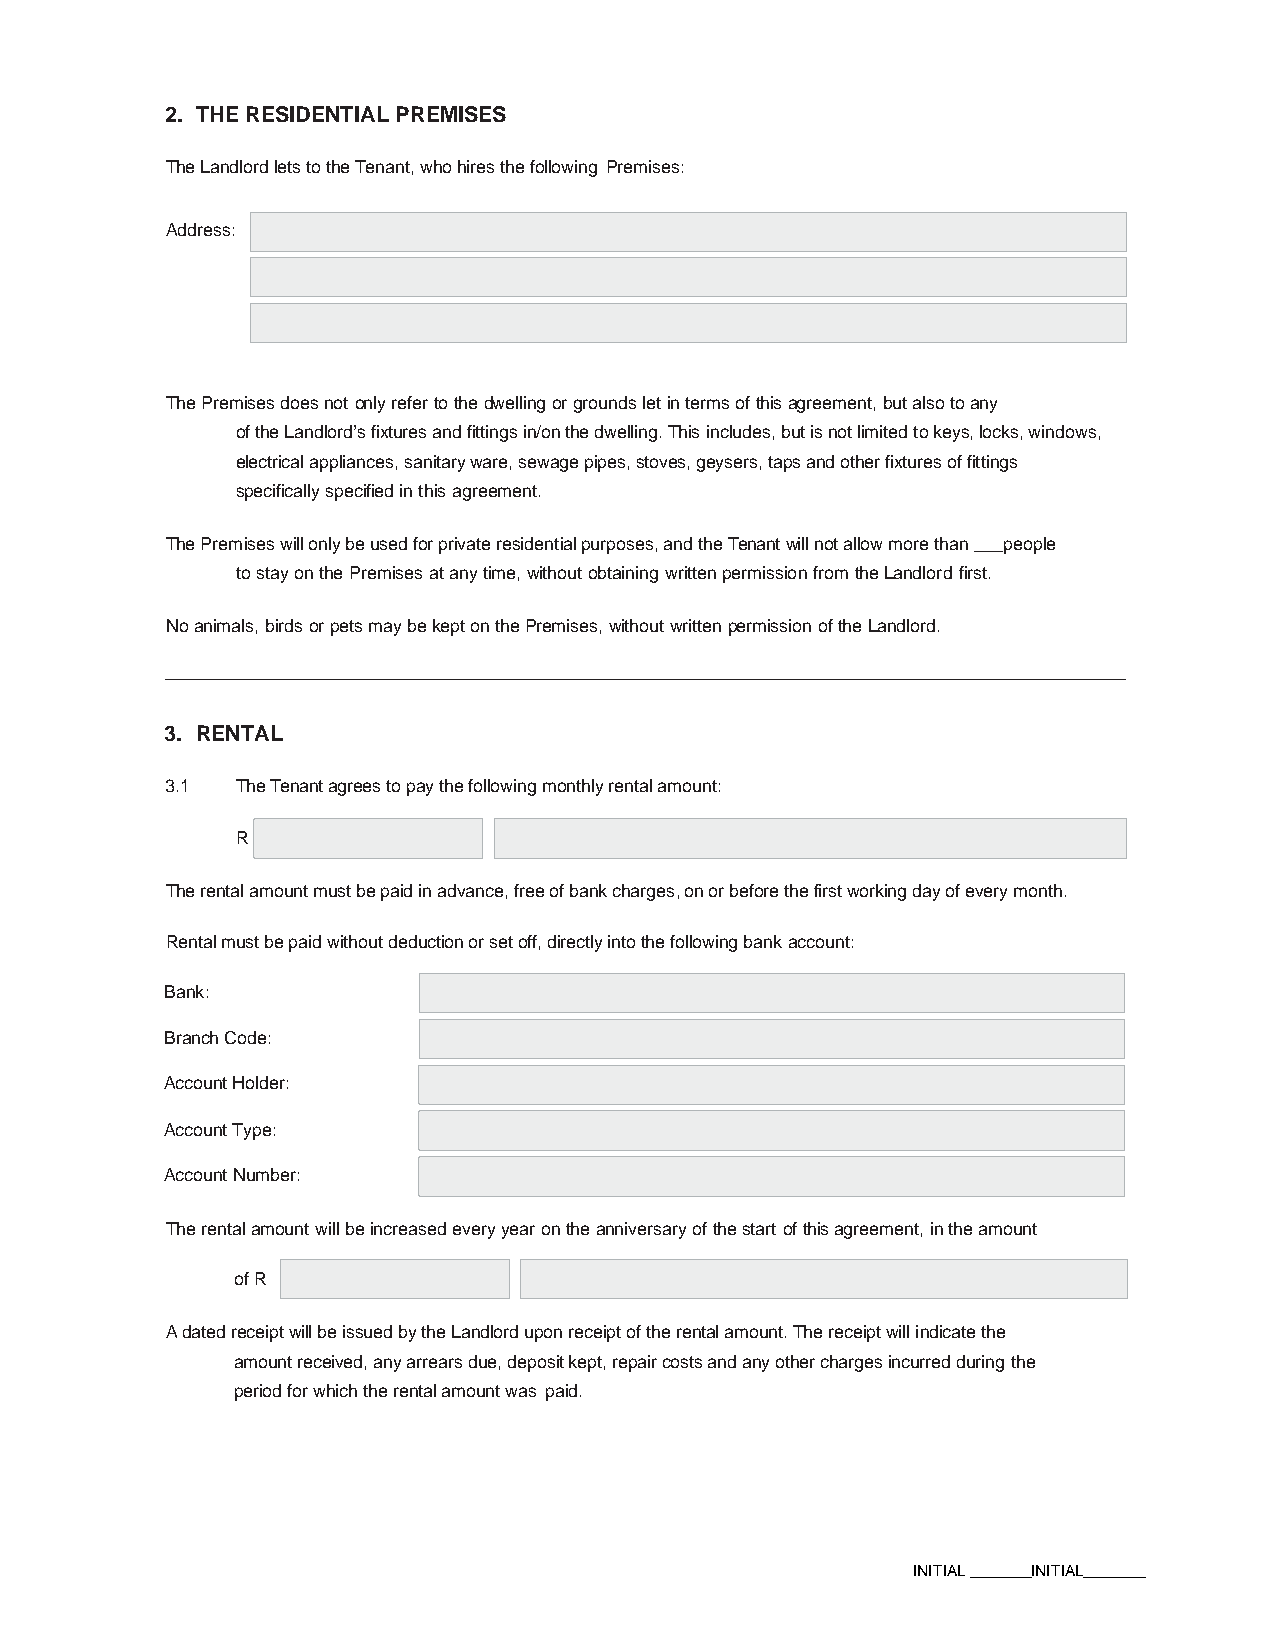
2. THE RESIDENTIAL PREMISES
 The Landlord lets to the Tenant, who hires the following Premises:
 Address:
 The Premises does not only refer to the dwelling or grounds let in terms of this agreement, but also to any
 of the Landlord’s fixtures and fittings in/on the dwelling. This includes, but is not limited to keys, locks, windows,
 electrical appliances, sanitary ware, sewage pipes, stoves, geysers, taps and other fixtures of fittings
 specifically specified in this agreement.
 The Premises will only be used for private residential purposes, and the Tenant will not allow more than ___people
 to stay on the Premises at any time, without obtaining written permission from the Landlord first.
 No animals, birds or pets may be kept on the Premises, without written permission of the Landlord.
 3. RENTAL
 3.1  The Tenant agrees to pay the following monthly rental amount:
 R
 The rental amount must be paid in advance, free of bank charges, on or before the first working day of every month.
 Rental must be paid without deduction or set off, directly into the following bank account:
 Bank:
 Branch Code:
 Account Holder:
 Account Type:
 Account Number:
 The rental amount will be increased every year on the anniversary of the start of this agreement, in the amount
 of R
 A dated receipt will be issued by the Landlord upon receipt of the rental amount. The receipt will indicate the
 amount received, any arrears due, deposit kept, repair costs and any other charges incurred during the
 period for which the rental amount was paid.
 INITIAL _______INITIAL_______